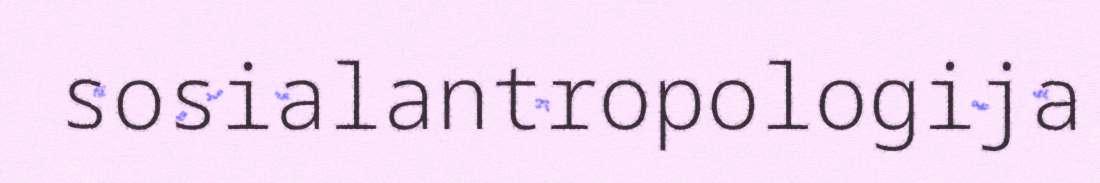
sosialantropologija